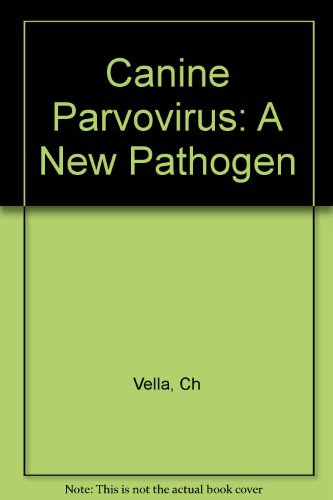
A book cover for Canine Parvovirus: A New Pathogen; Ch Vella; Medical Books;